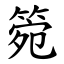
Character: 箢